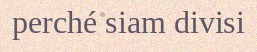
perché siam divisi